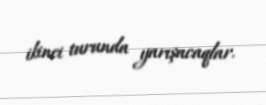
ikinci turunda yarışacaqlar.